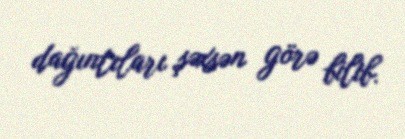
dağıntıları şəxsən görə bilib.